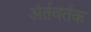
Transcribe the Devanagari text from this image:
अंर्तवर्तक